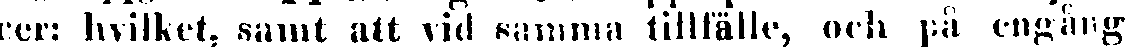
rer: hvilket, samt att vid samma tillfälle, och på engång